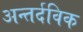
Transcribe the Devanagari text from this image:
अन्तर्दविक